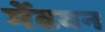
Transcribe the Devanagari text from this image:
मेंढवन